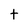
Character: t